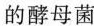
的酵母菌